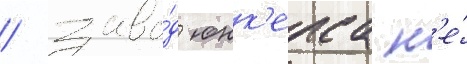
/ заво́д юнк'ерса н'е́